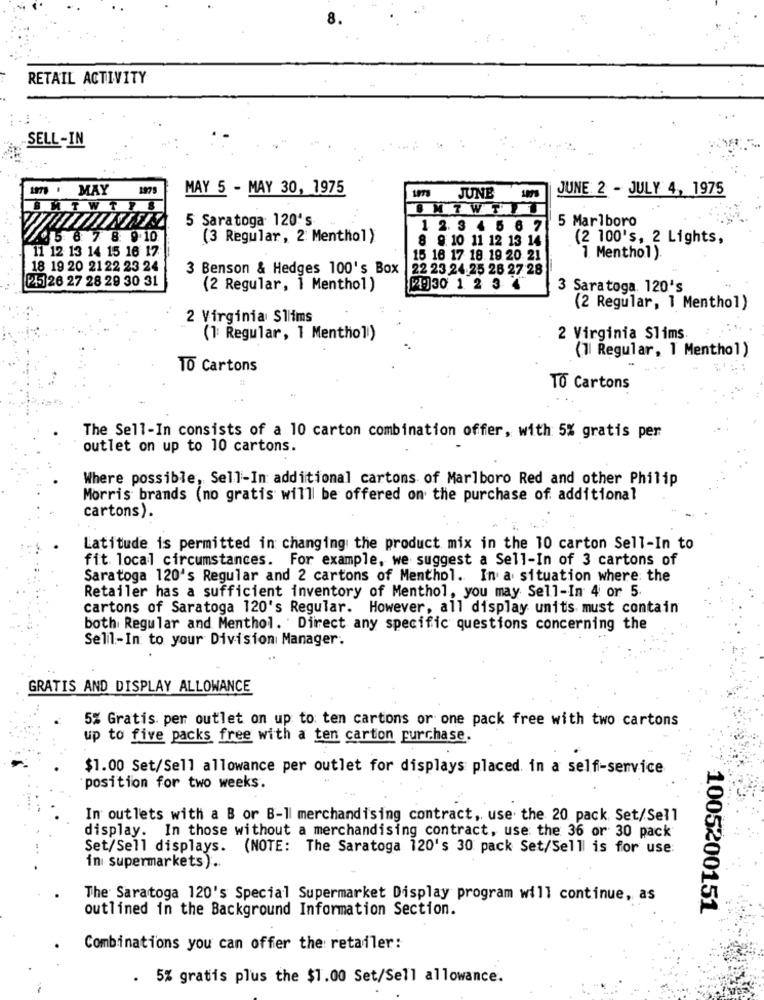
8
RETAIL ACTIVITY
SELL-IN
1 . MAY
1975
MAY 5 - MAY 30, 1975
JUNE 2 - JULY 4, 1975
JUNE
TWTY8
5 Saratoga 120's
5 Marlboro
12. 3 4 5 67
5 8 7 8 9.10
(3 Regular, 2 Menthol )
8 9.10 11 12 13 14
(2 100's, 2 Lights,
11 12 13 14 15 16 17
15 16 17 18. 19 20 21
1. Menthol ).
18 19 20 2122 23 24
3 Benson & Hedges 100's Box
22 23 24.25 26 27 28
P4526 27 28 29 30 31
(2 Regular, 1 Menthol )
[19]30 1 2 3 4
3 Saratoga. 120's
(2 Regular, 1 Menthol)
2 Virginia Sllims
(1 Regular, 1 Menthol)
2 Virginia Slims.
(1| Regular, 1 Menthol )
10 Cartons
TO Cartons
The Sell-In consists of a 10 carton combination offer, with 5% gratis per
outlet on up to 10 cartons.
Where possible, Sell-In additional cartons of Marlboro Red and other Philip
Morris brands (no gratis will be offered on the purchase of additional
cartons).
Latitude is permitted in changing the product mix in the 10 carton Sell-In to
fit local circumstances. For example, we suggest a Sell-In of 3 cartons of
Saratoga 120's Regular and 2 cartons of Menthol. In a situation where: the
Retailer has a sufficient inventory of Menthol, you may Sell-In 4 or 5.
cartons of Saratoga 120's Regular. However, all display units must contain
both Regular and Menthol. Direct any specific questions concerning the
Selil-In to your Division Manager.
GRATIS AND DISPLAY ALLOWANCE
5% Gratis per outlet on up to ten cartons or one pack free with two cartons
up to five packs free with a ten carton purchase.
$1.00 Set/Sell allowance per outlet for displays placed. in a self-service
position for two weeks.
In outlets with a B or B-1 merchandising contract, use the 20 pack Set/Sell
display. In those without a merchandising contract, use the 36 or 30 pack
Set/Sell displays. (NOTE: The Saratoga 120's 30 pack Set/Selll is for use:
in supermarkets) ..
The Saratoga 120's Special Supermarket Display program will continue, as
outlined in the Background Information Section.
1005200151
Combinations you can offer the retailer:
. 5% gratis plus the $1.00 Set/Sell allowance.